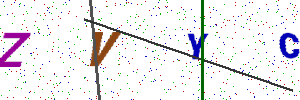
Text: ZVYC